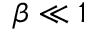
\beta \ll 1